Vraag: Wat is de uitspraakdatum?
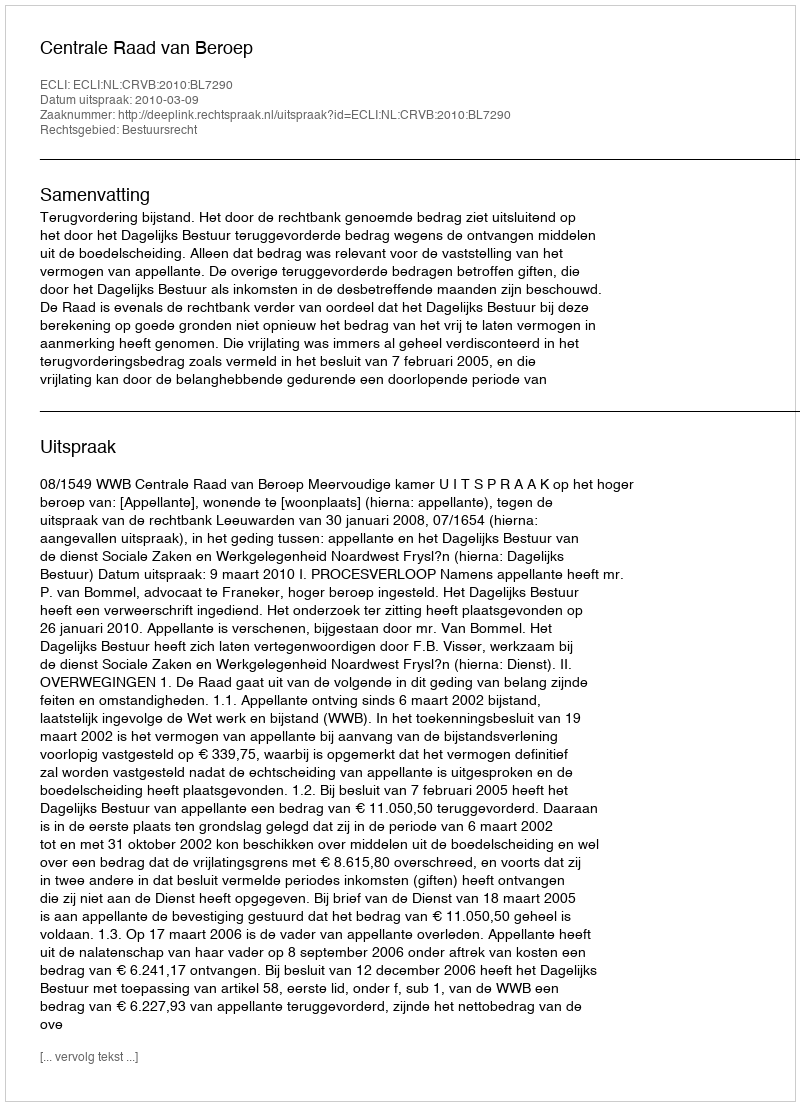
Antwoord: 2010-03-09